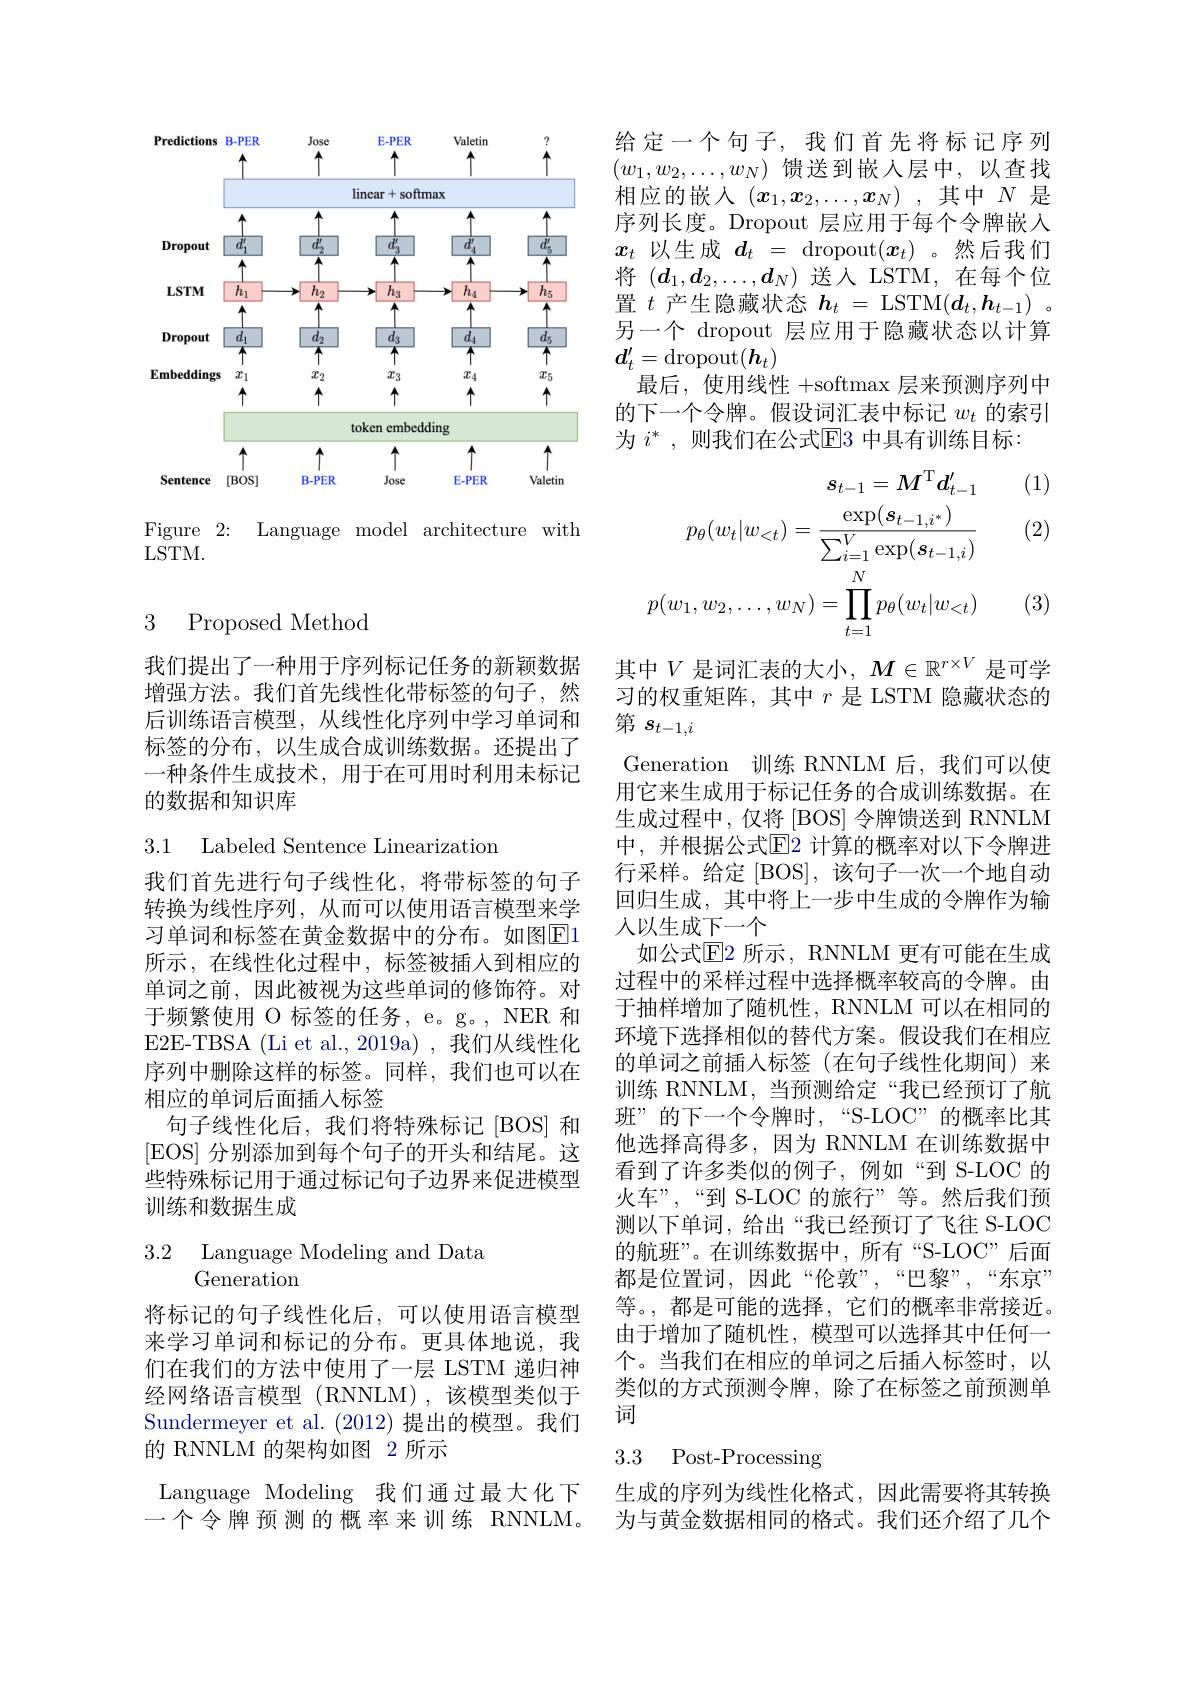
<FigureHere>

Figure 2: Language model architecture with
LSTM.

### 3 Proposed Method

我们提出了一种用于序列标记任务的新颖数据增强方法。我们首先线性化带标签的句子，然后训练语言模型，从线性化序列中学习单词和标签的分布，以生成合成训练数据。还提出了一种条件生成技术，用于在可用时利用未标记的数据和知识库

3.1 Labeled Sentence Linearization

我们首先进行句子线性化，将带标签的句子转换为线性序列，从而可以使用语言模型来学习单词和标签在黄金数据中的分布。如图E1所示，在线性化过程中，标签被插入到相应的单词之前，因此被视为这些单词的修饰符。对于频繁使用 O 标签的任务，e。g。, NER 和E2E-TBSA (Li et al., 2019a) , 我们从线性化序列中删除这样的标签。同样，我们也可以在相应的单词后面插入标签
句子线性化后，我们将特殊标记[BOS]和[EOS] 分别添加到每个句子的开头和结尾。这些特殊标记用于通过标记句子边界来促进模型训练和数据生成

3.2 Language Modeling and Data
# Generation

将标记的句子线性化后，可以使用语言模型来学习单词和标记的分布。更具体地说，我们在我们的方法中使用了一层 LSTM 递归神经网络语言模型(RNNLM),该模型类似于Sundermeyer et al. (2012)提出的模型。我们的 RNNLM 的架构如图 2 所示
Language Modeling 我们通过最大化下一个令牌预测的概率来训练 RNNLM。

给定一个句子，我们首先将标记序列$(w_1,w_2,\ldots,w_N)$馈送到嵌入层中，以查找相应的嵌入$(x_1,x_2,\ldots,x_N)$ ,其中$N$是序列长度。Dropout 层应用于每个令牌嵌人$x_t$以生成$d_t=$ dropout$(\boldsymbol x_t)$ 。然后我们将$(d_1,d_2,\ldots,d_N)$送人 LSTM,在每个位置$t$产生隐藏状态$h_t=$ LSTM$(d_t,h_{t-1})$ 。另一个 dropout 层应用于隐藏状态以计算$d_t^{\prime}=\operatorname{dropout}(\boldsymbol{h}_t)$
最后，使用线性 +softmax 层来预测序列中的下一个令牌。假设词汇表中标记$w_t$的索引为 $i^*$, 则我们在公式$\overline{\mathrm{E}}$3 中具有训练目标：

(1)

(2)
$$s_{t-1}=M^{\mathrm{T}}d_{t-1}^{\prime}\\p_{\theta}(w_{t}|w_{<t})=\frac{\exp(s_{t-1,i^{*}})}{\sum_{i=1}^{V}\exp(s_{t-1,i})}\\p(w_{1},w_{2},\ldots,w_{N})=\prod_{t=1}^{N}p_{\theta}(w_{t}|w_{<t})$$
(3)

其中$V$ 是词汇表的大小，$M\in\mathbb{R}^r\times V$ 是可学习的权重矩阵，其中$r$是 LSTM 隐藏状态的第$s_{t-1,i}$
Generation 训练 RNNLM 后，我们可以使用它来生成用于标记任务的合成训练数据。在生成过程中，仅将[BOS]令牌馈送到 RNNLM 中，并根据公式$\overline{\mathrm{E}}$2 计算的概率对以下令牌进行采样。给定[BOS],该句子一次一个地自动回归生成，其中将上一步中生成的令牌作为输人以生成下一个
如公式$\mathbb{E}$2 所示，RNNLM 更有可能在生成过程中的采样过程中选择概率较高的令牌。由于抽样增加了随机性，RNNLM 可以在相同的环境下选择相似的替代方案。假设我们在相应的单词之前插入标签(在句子线性化期间)来训练 RNNLM, 当预测给定“我已经预订了航班”的下一个令牌时，“S-LOC”的概率比其他选择高得多，因为 RNNLM 在训练数据中看到了许多类似的例子，例如“到 S-LOC 的火车”,“到 S-LOC 的旅行”等。然后我们预测以下单词，给出“我已经预订了飞往 S-LOC 的航班”。在训练数据中，所有“S-LOC”后面都是位置词，因此“伦敦”,“巴黎”,“东京” 等。,都是可能的选择，它们的概率非常接近。由于增加了随机性，模型可以选择其中任何一个。当我们在相应的单词之后插人标签时，以类似的方式预测令牌，除了在标签之前预测单词
3.3 Post-Processing

生成的序列为线性化格式，因此需要将其转换为与黄金数据相同的格式。我们还介绍了几个